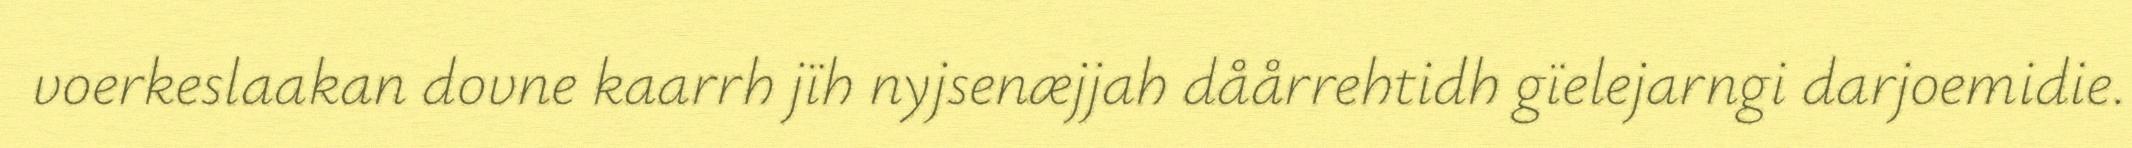
voerkeslaakan dovne kaarrh jïh nyjsenæjjah dåårrehtidh gïelejarngi darjoemidie.